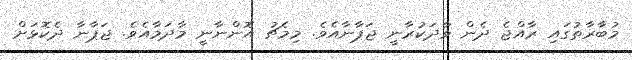
މުބާރާތުގައި ރާއްޖެ ދެން ވާދަކުރާނީ ޖަޕާނާއެވެ. މިމެޗު އޮންނާނީ މާދަމާއެވެ. ޖަޕާނާ ދެކޮޅަށް